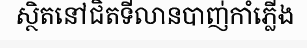
ស្ថិតនៅជិតទីលានបាញ់កាំភ្លើង